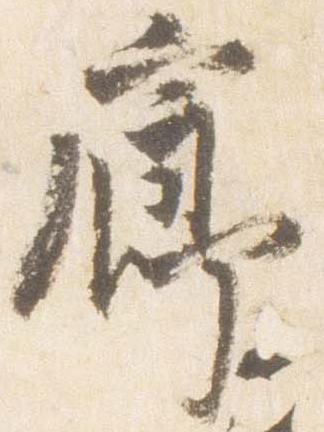
廊